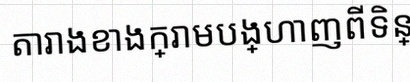
តារាងខាងក្រោមបង្ហាញពីទិន្នន័យ